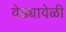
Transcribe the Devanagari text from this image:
वेढ्यावेळी